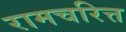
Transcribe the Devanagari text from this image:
रामचरित्त